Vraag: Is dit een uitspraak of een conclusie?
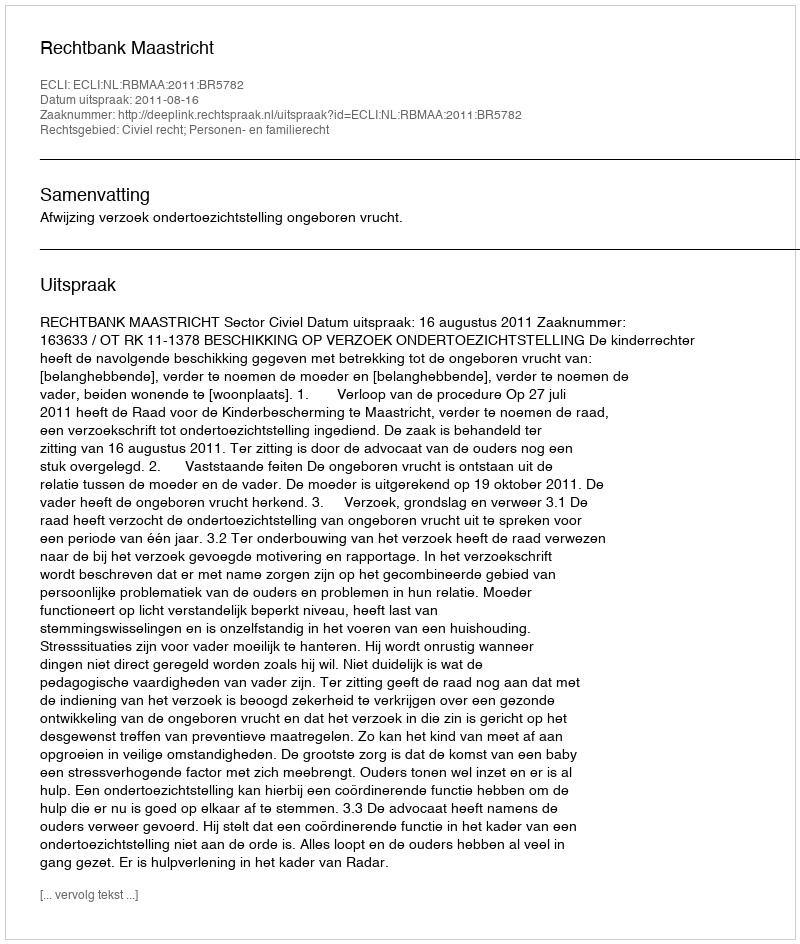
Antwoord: Uitspraak